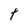
Character: t